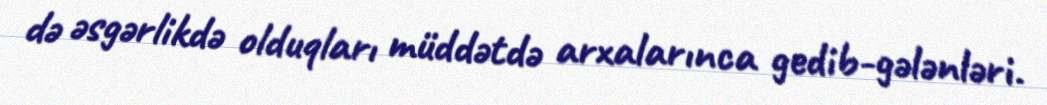
də əsgərlikdə olduqları müddətdə arxalarınca gedib-gələnləri.